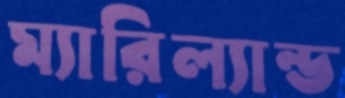
ম্যারিল্যান্ড